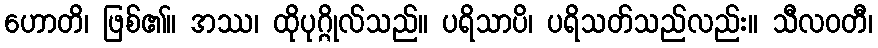
ဟောတိ၊ ဖြစ်၏။ အဿ၊ ထိုပုဂ္ဂိုလ်သည်။ ပရိသာပိ၊ ပရိသတ်သည်လည်း။ သီလဝတီ၊